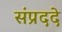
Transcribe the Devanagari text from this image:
संप्रददे